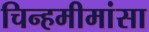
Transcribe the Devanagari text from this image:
चिन्हमीमांसा